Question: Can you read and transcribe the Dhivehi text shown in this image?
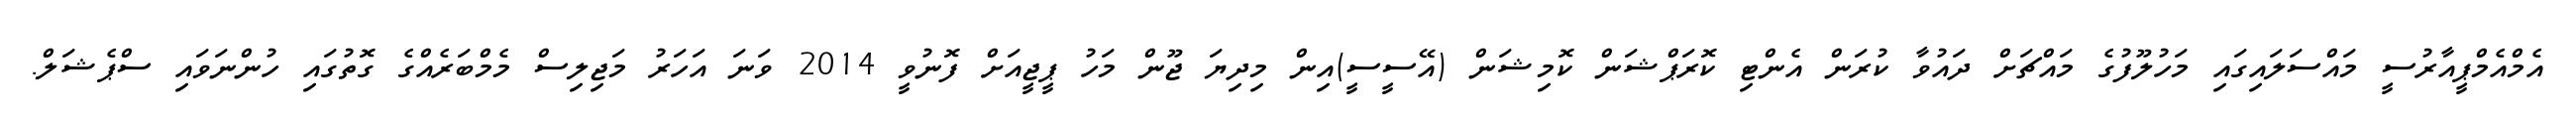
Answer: އެމްއެމްޕީއާރުސީ މައްސަލައިގައި މަހުލޫފުގެ މައްޗަށް ދައުވާ ކުރަން އެންޓި ކޮރަޕްޝަން ކޮމިޝަން (އޭސީސީ)އިން މިދިޔަ ޖޫން މަހު ޕީޖީއަށް ފޮނުވީ 2014 ވަނަ އަހަރު މަޖިލިސް މެމްބަރެއްގެ ގޮތުގައި ހުންނަވައި ސްޕެޝަލް.